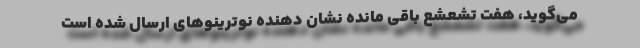
می‌گوید، هفت تشعشع باقی مانده نشان دهنده نوترینوهای ارسال شده است